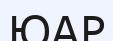
ЮАР